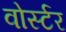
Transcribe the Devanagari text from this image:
वोर्स्टर